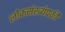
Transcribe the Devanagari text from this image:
लोकसंख्येपकी